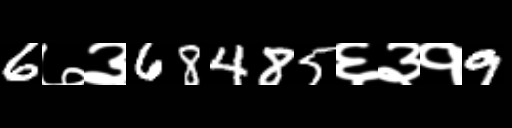
Text: 6७३68485६३१9